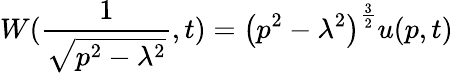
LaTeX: W(\frac{1}{\sqrt{p^{2}-\lambda^{2}}},t)=\left(p^{2}-\lambda^{2}\right)^{\frac{3}{2}}u(p,t)